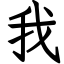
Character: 我